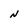
Character: N